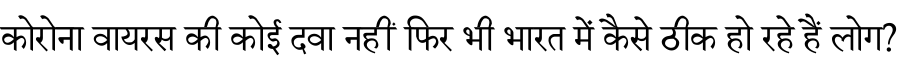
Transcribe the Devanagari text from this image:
कोरोना वायरस की कोई दवा नहीं फिर भी भारत में कैसे ठीक हो रहे हैं लोग?